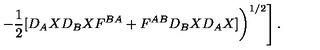
\left. \left. - \frac { 1 } { 2 } [ D _ { A } X D _ { B } X F ^ { B A } + F ^ { A B } D _ { B } X D _ { A } X ] \right) ^ { 1 / 2 } \right] .